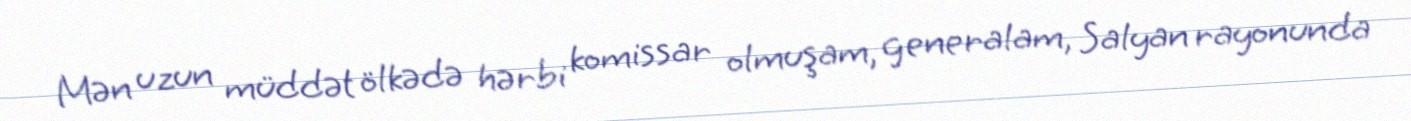
Mən uzun müddət ölkədə hərbi komissar olmuşam, generalam, Salyan rayonunda